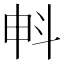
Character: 𣁱